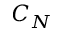
C _ { N }